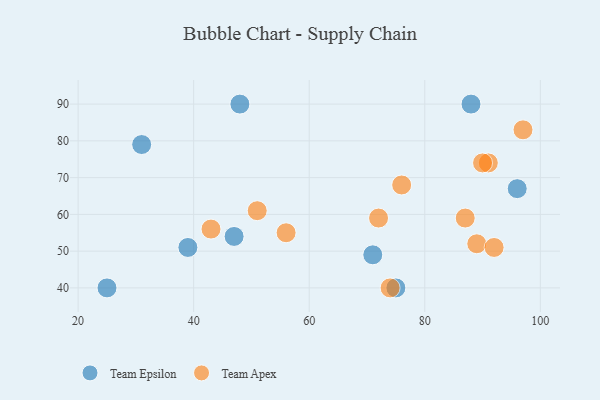
{"axis": {"x": "GDP", "y": "Life Expectancy"}, "legend": ["Team Apex", "Team Epsilon"], "data": [{"x": "47", "y": 54, "type": "Team Epsilon"}, {"x": "75", "y": 40, "type": "Team Epsilon"}, {"x": "31", "y": 79, "type": "Team Epsilon"}, {"x": "39", "y": 51, "type": "Team Epsilon"}, {"x": "71", "y": 49, "type": "Team Epsilon"}, {"x": "96", "y": 67, "type": "Team Epsilon"}, {"x": "48", "y": 90, "type": "Team Epsilon"}, {"x": "88", "y": 90, "type": "Team Epsilon"}, {"x": "25", "y": 40, "type": "Team Epsilon"}, {"x": "91", "y": 74, "type": "Team Apex"}, {"x": "56", "y": 55, "type": "Team Apex"}, {"x": "72", "y": 59, "type": "Team Apex"}, {"x": "74", "y": 40, "type": "Team Apex"}, {"x": "43", "y": 56, "type": "Team Apex"}, {"x": "89", "y": 52, "type": "Team Apex"}, {"x": "97", "y": 83, "type": "Team Apex"}, {"x": "51", "y": 61, "type": "Team Apex"}, {"x": "87", "y": 59, "type": "Team Apex"}, {"x": "76", "y": 68, "type": "Team Apex"}, {"x": "92", "y": 51, "type": "Team Apex"}, {"x": "90", "y": 74, "type": "Team Apex"}]}